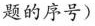
题的序号)